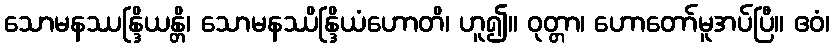
သောမနဿန္ဒြိယန္တိ၊ သောမနဿိန္ဒြိယံဟောတိ၊ ဟူ၍။ ဝုတ္တာ၊ ဟောတော်မူအပ်ပြီ။ ဧဝံ၊